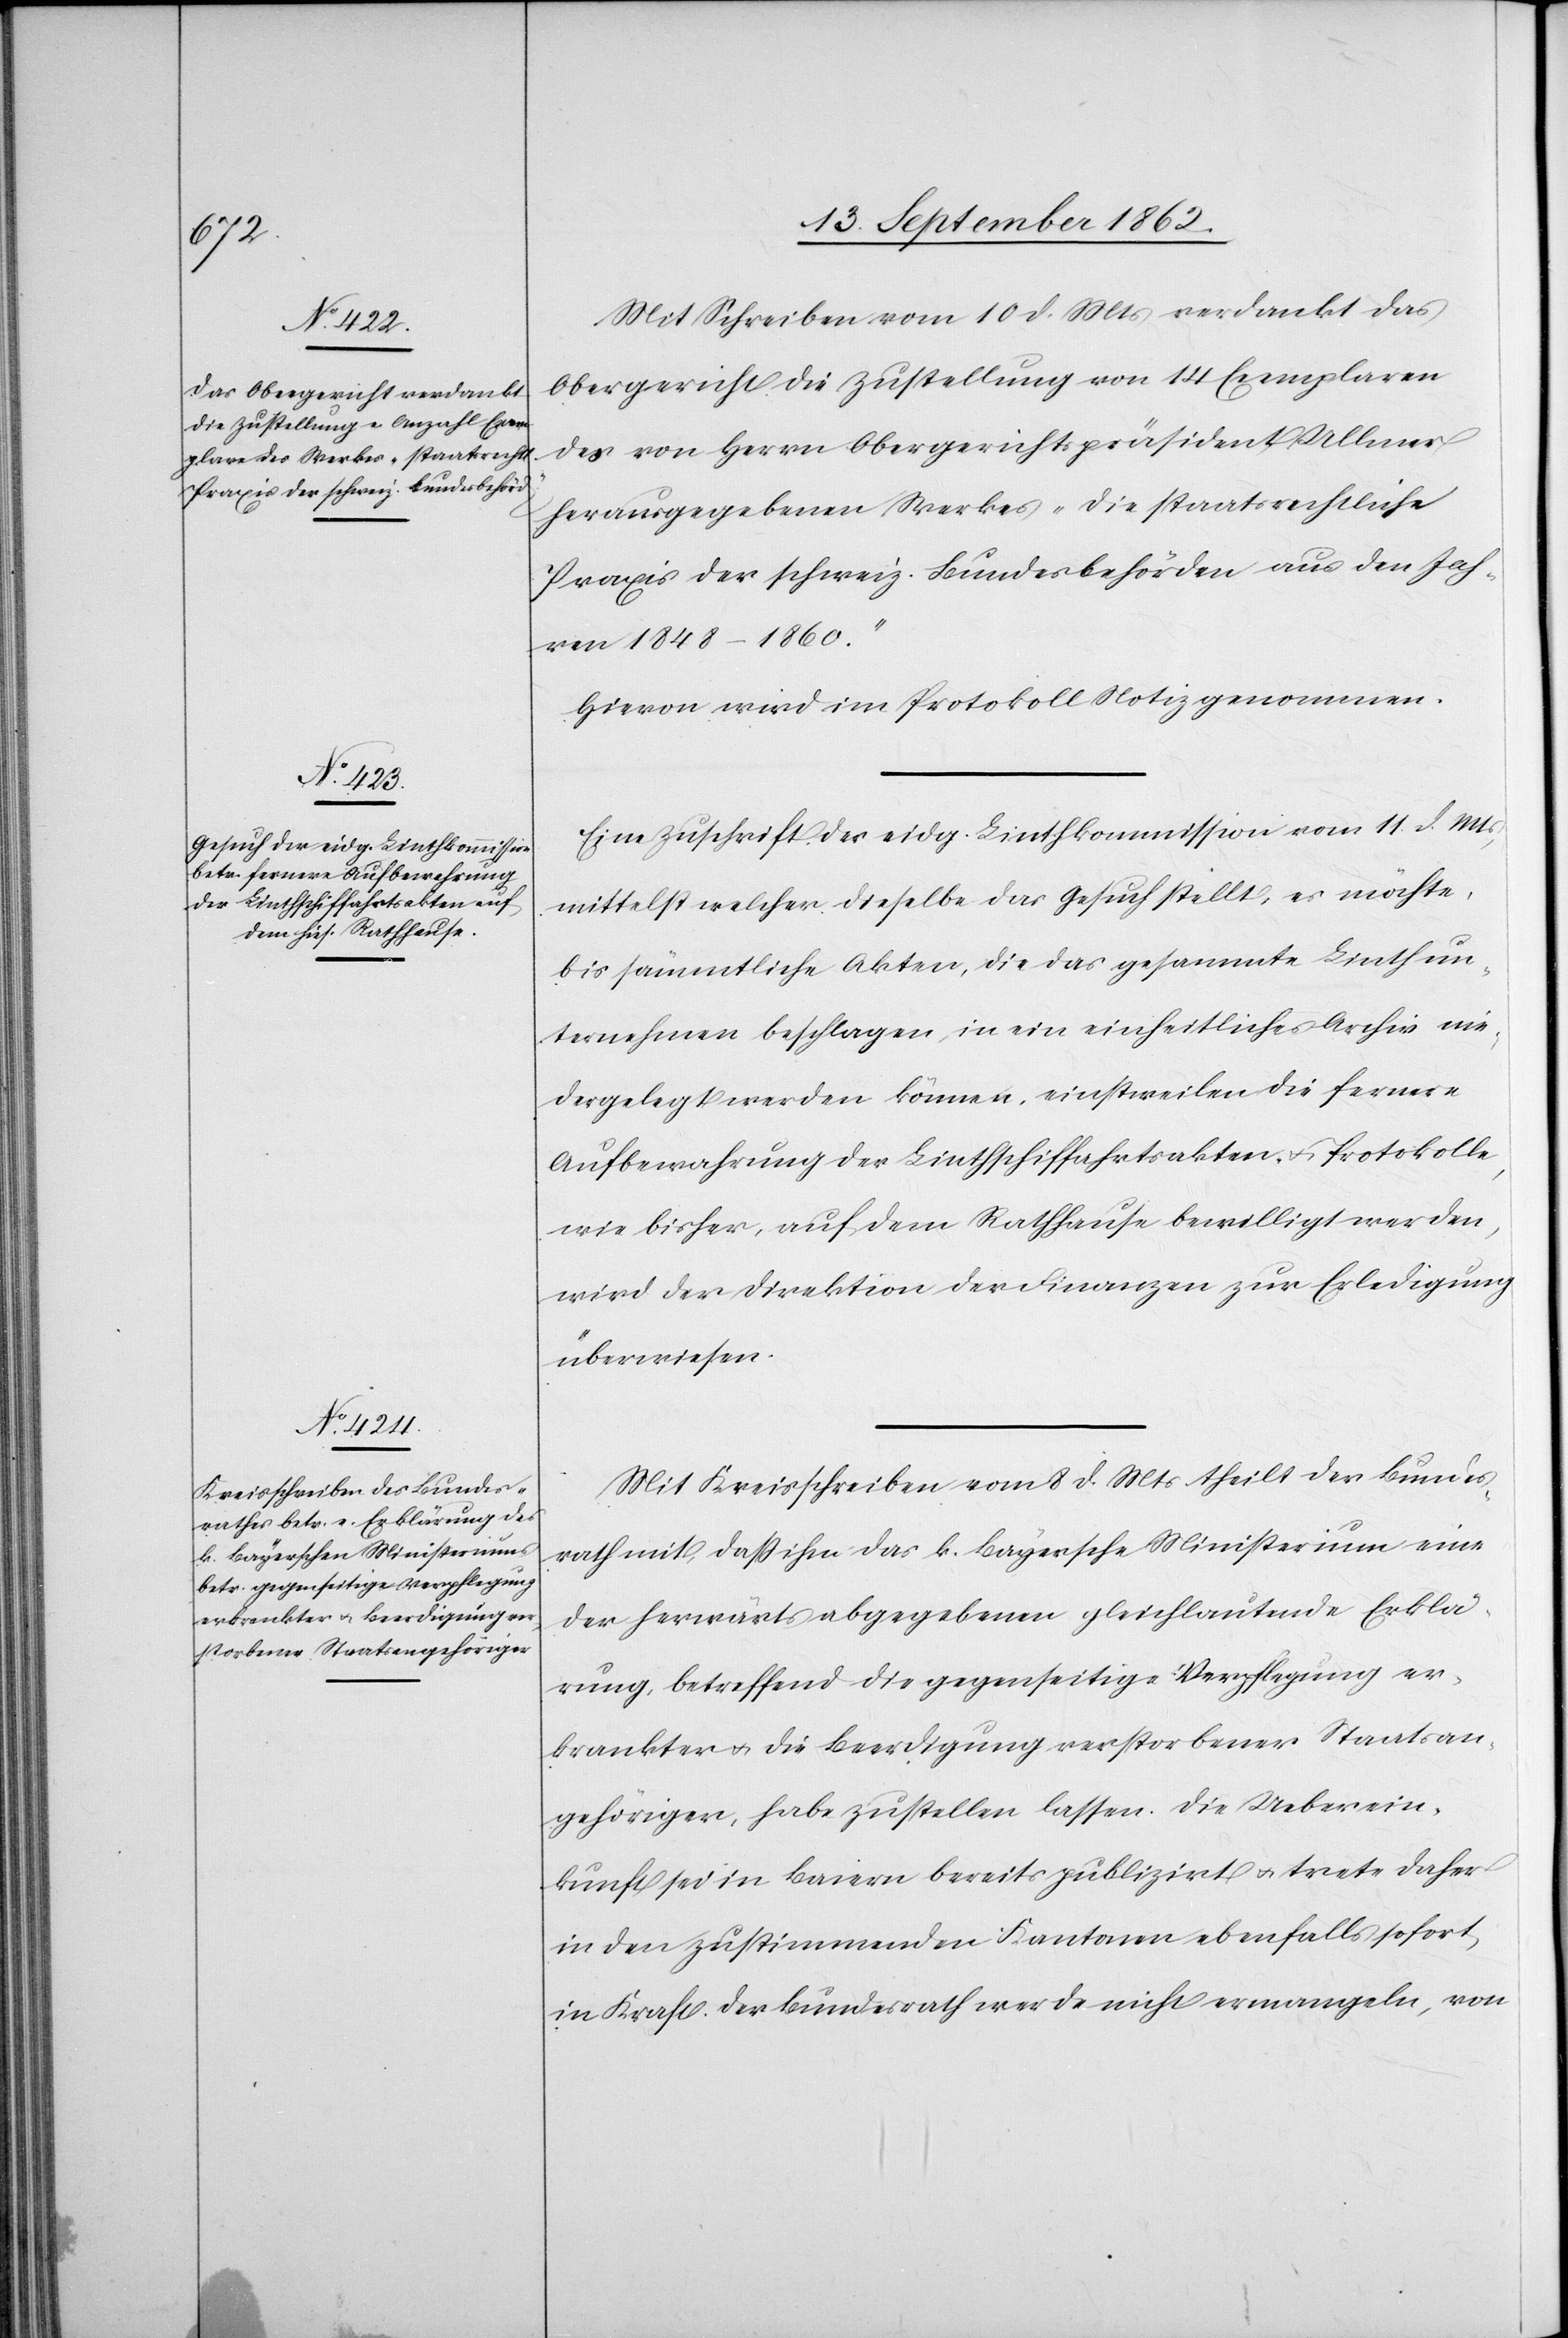
Mit Schreiben vom 10. d. Mts. verdankt das
Obergericht die Zustellung von 14 Exemplaren
des von Herrn Obergerichtspräsident Ullmer
herausgegebenen Werkes „die staatsrechtliche
Praxis der schweiz. Bundesbehörden aus den Jah¬
ren 1848–1860.“
Hievon wird im Protokoll Notiz genommen.
Eine Zuschrift der eidg. Linthkommission vom 1. d. Mts.,
mittelst welcher dieselbe das Gesuch stellt, es möchte,
bis sämmtliche Akten, die das gesammte Linthun¬
ternehmen beschlagen in ein einheitliches Archiv nie¬
dergelegt werden können, einstweilen die fernere
Aufbewahrung der Linthschiffahrtsakten u. Protokolle,
wie bisher, auf dem Rathhause bewilligt werden,
wird der Direktion der Finanzen zur Erledigung
überwiesen.
Mit Kreisschreiben vom 8. d Mts. theilt der Bundes¬
rath mit, daß ihm das k. Bayersche Ministerium eine
der herwärts abgegebenen gleichlautende Erklä¬
rung, betreffend die gegenseitige Verpflegung er¬
krankter u. die Beerdigung verstorbener Staatsan¬
gehöriger, habe zustellen lassen. Die Ueberein¬
kunft sei in Baiern bereits publizirt u. trete daher
in den zustimmenden Kantonen ebenfalls sofort
in Kraft. Der Bundesrath werde nicht ermangeln, von